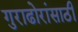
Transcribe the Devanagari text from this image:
गुराढोरांसाठी